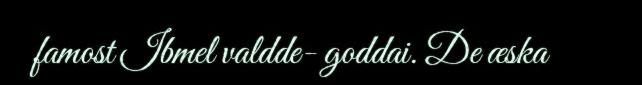
famost Ibmel valdde- goddai. De æska